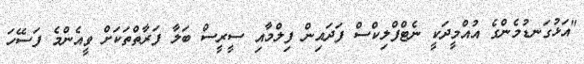
"އަޅުގަނޑުމެންގެ އުއްމީދަކީ ނެޓްފްލިކްސް ފަދައިން ފިލްމާއި ސީރީސް ބަލާ ފަރާތްތަކަށް ވީއެންމެ ފަސޭހަ